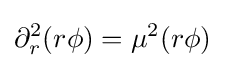
\partial _{r}^{2}(r\phi )=\mu ^{2}(r\phi )